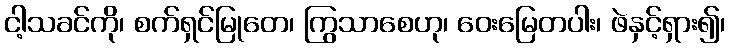
ငါ့သခင်ကို၊ စက်ရှင်မြုတေ၊ ကြွသာစေဟု၊ ဝေးမြေတပါး၊ ဖဲနှင့်ရှား၍၊